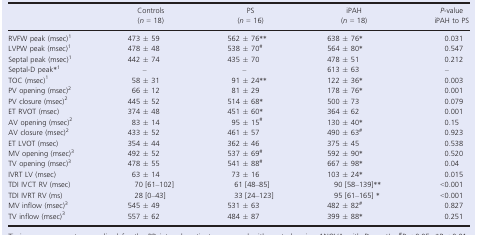
<table><thead><tr><td>[EMPTY_CELL]</td><td><b>Controls (<i>n</i> = 18)</b></td><td><b>PS (<i>n</i> = 16)</b></td><td><b>iPAH (<i>n</i> = 18)</b></td><td><b><i>P</i>‐value iPAH to PS</b></td></tr></thead><tbody><tr><td>RVFW peak (msec)a</td><td>473 ± 59</td><td>562 ± 76**</td><td>638 ± 76*</td><td>0.031</td></tr><tr><td>LVPW peak (msec)a</td><td>478 ± 48</td><td>538 ± 70#</td><td>564 ± 80*</td><td>0.547</td></tr><tr><td>Septal peak (msec)a</td><td>442 ± 74</td><td>435 ± 70</td><td>478 ± 51</td><td>0.212</td></tr><tr><td>Septal‐D peak*, a</td><td>–</td><td>–</td><td>613 ± 63</td><td>–</td></tr><tr><td>TOC (msec)a</td><td>58 ± 31</td><td>91 ± 24**</td><td>122 ± 36*</td><td>0.003</td></tr><tr><td>PV opening (msec)b</td><td>66 ± 12</td><td>81 ± 29</td><td>178 ± 76*</td><td>0.001</td></tr><tr><td>PV closure (msec)b</td><td>445 ± 52</td><td>514 ± 68*</td><td>500 ± 73</td><td>0.079</td></tr><tr><td>ET RVOT (msec)</td><td>374 ± 48</td><td>451 ± 60*</td><td>364 ± 62</td><td>0.001</td></tr><tr><td>AV opening (msec)b</td><td>83 ± 14</td><td>95 ± 15#</td><td>130 ± 40*</td><td>0.15</td></tr><tr><td>AV closure (msec)b</td><td>433 ± 52</td><td>461 ± 57</td><td>490 ± 63#</td><td>0.923</td></tr><tr><td>ET LVOT (msec)</td><td>354 ± 44</td><td>362 ± 46</td><td>375 ± 45</td><td>0.538</td></tr><tr><td>MV opening (msec)c</td><td>492 ± 52</td><td>537 ± 69#</td><td>592 ± 90*</td><td>0.520</td></tr><tr><td>TV opening (msec)c</td><td>478 ± 55</td><td>541 ± 88#</td><td>667 ± 98*</td><td>0.04</td></tr><tr><td>IVRT LV (msec)</td><td>63 ± 14</td><td>73 ± 16</td><td>103 ± 24*</td><td>0.015</td></tr><tr><td>TDI IVCT RV (msec)</td><td>70 [61–102]</td><td>61 [48–85]</td><td>90 [58–139]**</td><td>&lt;0.001</td></tr><tr><td>TDI IVRT RV (ms)</td><td>28 [0–43]</td><td>33 [24–123]</td><td>95 [61–165] *</td><td>&lt;0.001</td></tr><tr><td>MV inflow (msec)c</td><td>545 ± 49</td><td>531 ± 63</td><td>482 ± 82#</td><td>0.827</td></tr><tr><td>TV inflow (msec)c</td><td>557 ± 62</td><td>484 ± 87</td><td>399 ± 88*</td><td>0.251</td></tr></tbody></table>